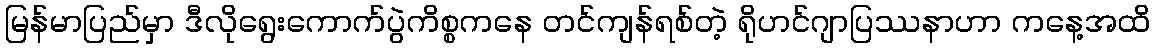
မြန်မာပြည်မှာ ဒီလိုရွေးကောက်ပွဲကိစ္စကနေ တင်ကျန်ရစ်တဲ့ ရိုဟင်ဂျာပြဿနာဟာ ကနေ့အထိ